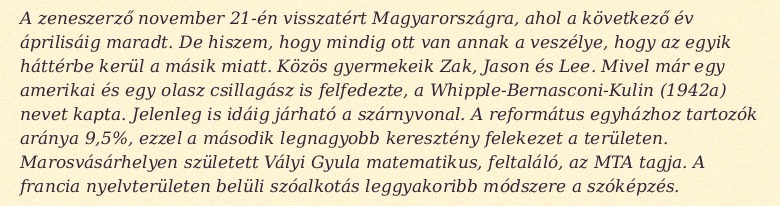
A zeneszerző november 21-én visszatért Magyarországra, ahol a következő év áprilisáig maradt. De hiszem, hogy mindig ott van annak a veszélye, hogy az egyik háttérbe kerül a másik miatt. Közös gyermekeik Zak, Jason és Lee. Mivel már egy amerikai és egy olasz csillagász is felfedezte, a Whipple-Bernasconi-Kulin (1942a) nevet kapta. Jelenleg is idáig járható a szárnyvonal. A református egyházhoz tartozók aránya 9,5%, ezzel a második legnagyobb keresztény felekezet a területen. Marosvásárhelyen született Vályi Gyula matematikus, feltaláló, az MTA tagja. A francia nyelvterületen belüli szóalkotás leggyakoribb módszere a szóképzés.